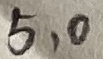
Text: 5,0